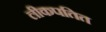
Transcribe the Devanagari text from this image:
लीकपतित